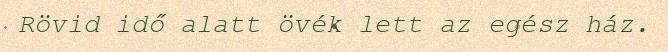
Rövid idő alatt övék lett az egész ház.